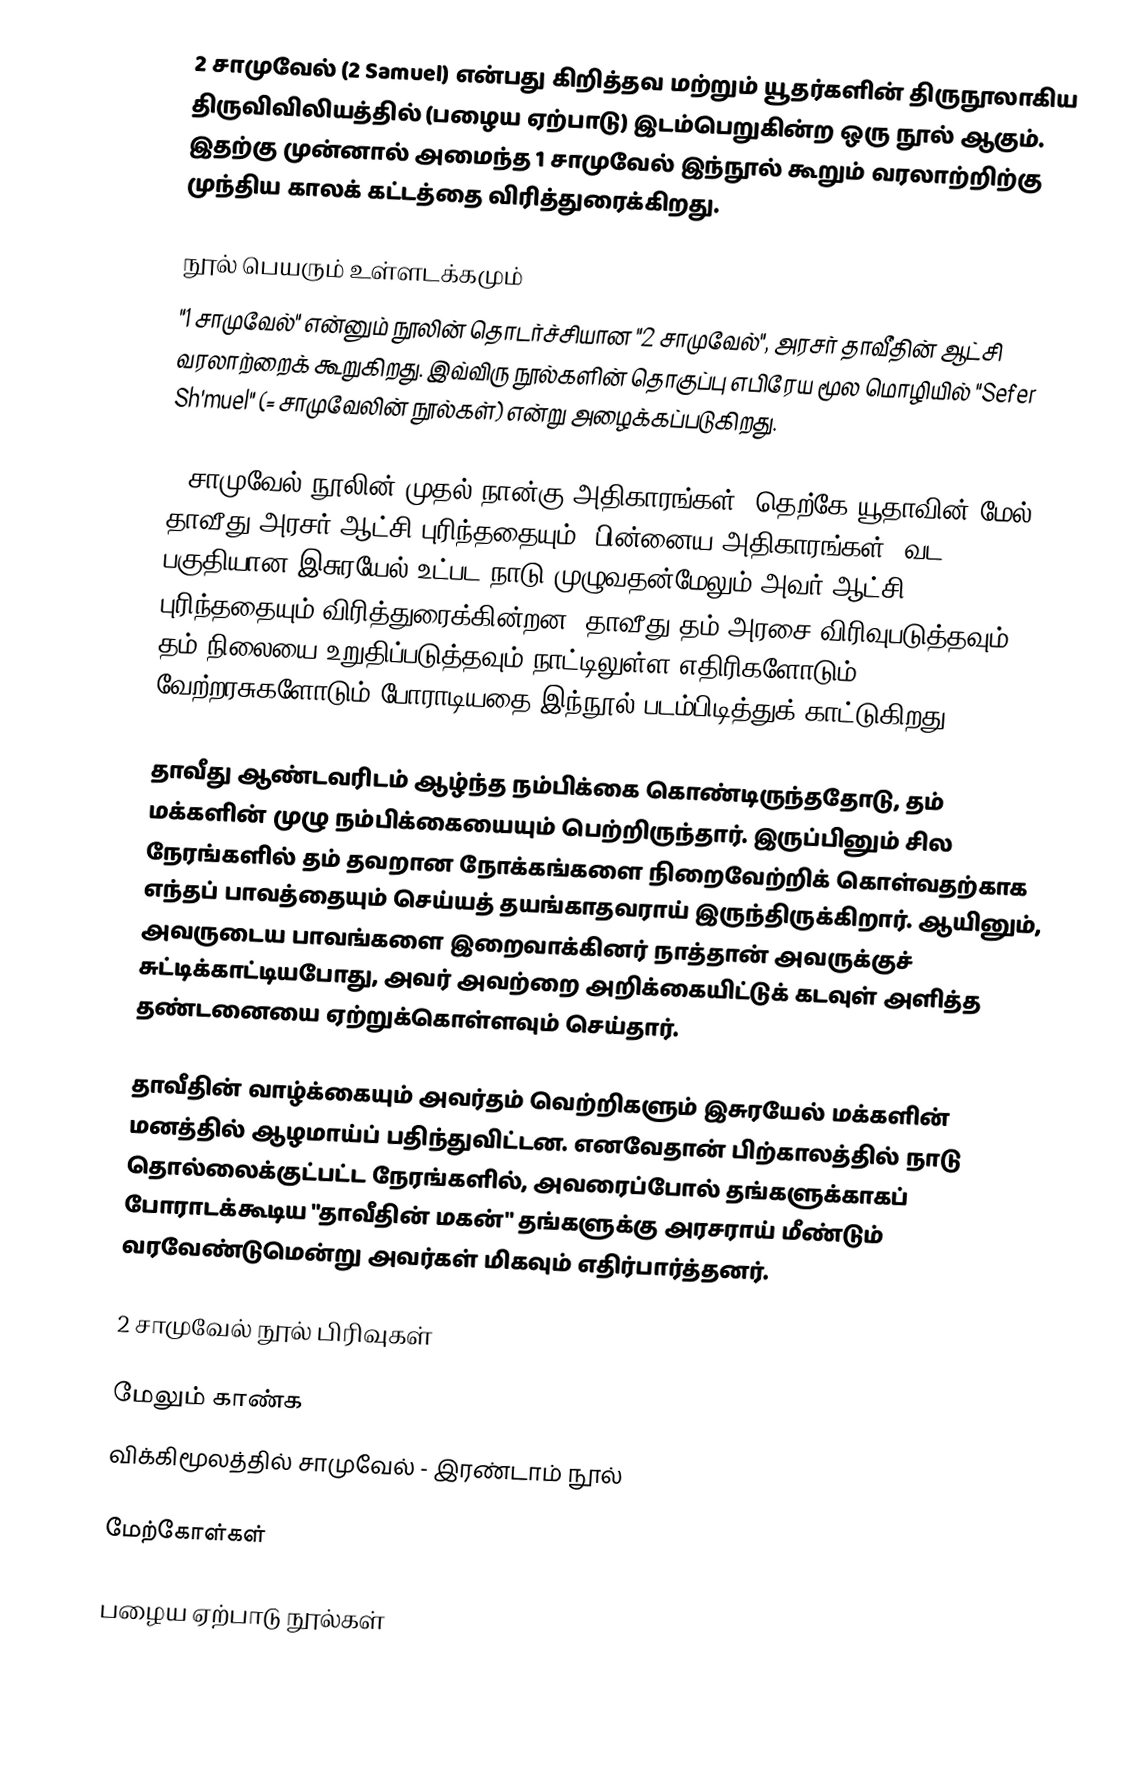
2 சாமுவேல் (2 Samuel) என்பது கிறித்தவ மற்றும் யூதர்களின் திருநூலாகிய திருவிவிலியத்தில் (பழைய ஏற்பாடு) இடம்பெறுகின்ற ஒரு நூல் ஆகும். இதற்கு முன்னால் அமைந்த 1 சாமுவேல் இந்நூல் கூறும் வரலாற்றிற்கு முந்திய காலக் கட்டத்தை விரித்துரைக்கிறது.

நூல் பெயரும் உள்ளடக்கமும்
"1 சாமுவேல்" என்னும் நூலின் தொடர்ச்சியான "2 சாமுவேல்", அரசர் தாவீதின் ஆட்சி வரலாற்றைக் கூறுகிறது. இவ்விரு நூல்களின் தொகுப்பு எபிரேய மூல மொழியில் "Sefer Sh'muel"  (= சாமுவேலின் நூல்கள்) என்று அழைக்கப்படுகிறது.

2 சாமுவேல் நூலின் முதல் நான்கு அதிகாரங்கள், தெற்கே யூதாவின் மேல் தாவீது அரசர் ஆட்சி புரிந்ததையும், பின்னைய அதிகாரங்கள், வட பகுதியான இசுரயேல் உட்பட நாடு முழுவதன்மேலும் அவர் ஆட்சி புரிந்ததையும் விரித்துரைக்கின்றன. தாவீது தம் அரசை விரிவுபடுத்தவும், தம் நிலையை உறுதிப்படுத்தவும் நாட்டிலுள்ள எதிரிகளோடும் வேற்றரசுகளோடும் போராடியதை இந்நூல் படம்பிடித்துக் காட்டுகிறது.

தாவீது ஆண்டவரிடம் ஆழ்ந்த நம்பிக்கை கொண்டிருந்ததோடு, தம் மக்களின் முழு நம்பிக்கையையும் பெற்றிருந்தார். இருப்பினும் சில நேரங்களில் தம் தவறான நோக்கங்களை நிறைவேற்றிக் கொள்வதற்காக எந்தப் பாவத்தையும் செய்யத் தயங்காதவராய் இருந்திருக்கிறார். ஆயினும், அவருடைய பாவங்களை இறைவாக்கினர் நாத்தான் அவருக்குச் சுட்டிக்காட்டியபோது, அவர் அவற்றை அறிக்கையிட்டுக் கடவுள் அளித்த தண்டனையை ஏற்றுக்கொள்ளவும் செய்தார்.

தாவீதின் வாழ்க்கையும் அவர்தம் வெற்றிகளும் இசுரயேல் மக்களின் மனத்தில் ஆழமாய்ப் பதிந்துவிட்டன. எனவேதான் பிற்காலத்தில் நாடு தொல்லைக்குட்பட்ட நேரங்களில், அவரைப்போல் தங்களுக்காகப் போராடக்கூடிய "தாவீதின் மகன்" தங்களுக்கு அரசராய் மீண்டும் வரவேண்டுமென்று அவர்கள் மிகவும் எதிர்பார்த்தனர்.

2 சாமுவேல் நூல் பிரிவுகள்

மேலும் காண்க
விக்கிமூலத்தில் சாமுவேல் - இரண்டாம் நூல்

மேற்கோள்கள்

பழைய ஏற்பாடு நூல்கள்